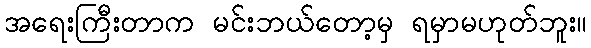
အရေးကြီးတာက မင်းဘယ်တော့မှ ရမှာမဟုတ်ဘူး။